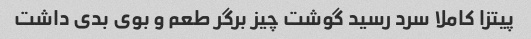
پیتزا کاملا سرد رسید گوشت چیز برگر طعم و بوی بدی داشت